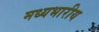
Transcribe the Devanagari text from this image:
मध्यभारीय